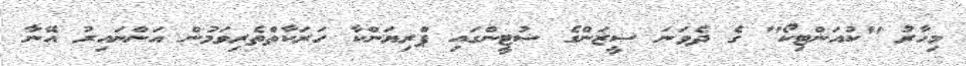
މިހާރު "ކުއަންޓިކޯ" ގެ ދެވަނަ ސީޒަންގެ ޝުޓީންގައި ޕްރިޔަންކާ ހަރަކާތްތެރިވަމުން އަންނައިރު އޭނާ